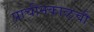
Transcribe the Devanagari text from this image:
प्राचीनकाळची